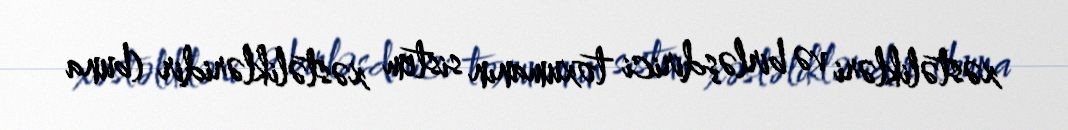
xəstəlikləri və birləşdirici toxumanın sistem xəstəlikləridir (buna